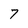
Character: 7